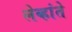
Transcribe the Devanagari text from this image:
लेव्हांते